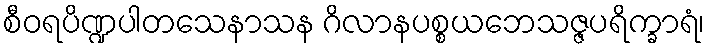
စီဝရပိဏ္ဍပါတသေနာသန ဂိလာနပစ္စယဘေသဇ္ဇပရိက္ခာရံ၊